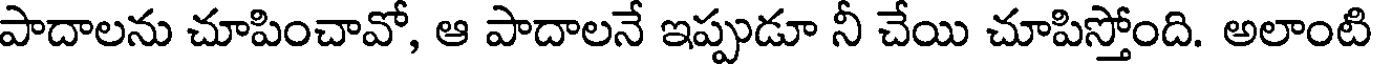
పాదాలను చూపించావో, ఆ పాదాలనే ఇప్పుడూ నీ చేయి చూపిస్తోంది. అలాంటి